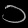
Digit: ၁